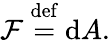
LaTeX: \mathcal{F}\ {\stackrel{\mathrm{{def}}}{=}}\ \mathrm{{d}}A.